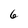
Character: 6